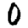
Digit: 0